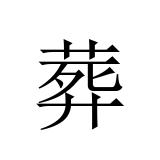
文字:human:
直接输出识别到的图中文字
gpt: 葬